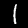
Digit: 1